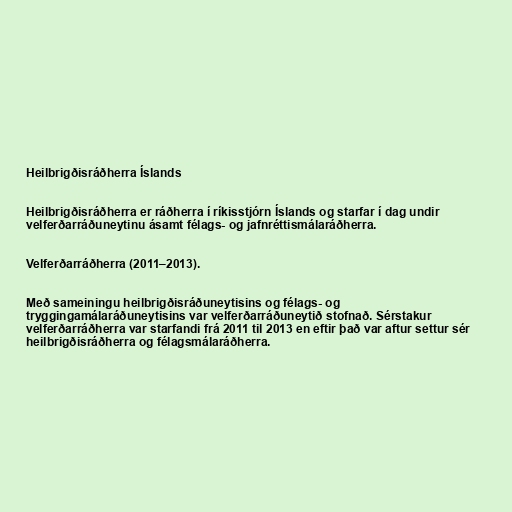
Heilbrigðisráðherra Íslands

Heilbrigðisráðherra er ráðherra í ríkisstjórn Íslands og starfar í dag undir
velferðarráðuneytinu ásamt félags- og jafnréttismálaráðherra.

Velferðarráðherra (2011–2013).

Með sameiningu heilbrigðisráðuneytisins og félags- og
tryggingamálaráðuneytisins var velferðarráðuneytið stofnað. Sérstakur
velferðarráðherra var starfandi frá 2011 til 2013 en eftir það var aftur settur sér
heilbrigðisráðherra og félagsmálaráðherra.